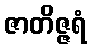
ဇာတိဇ္ဇရံ